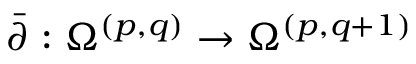
{ \bar { \partial } } : \Omega ^ { ( p , q ) } \to \Omega ^ { ( p , q + 1 ) }